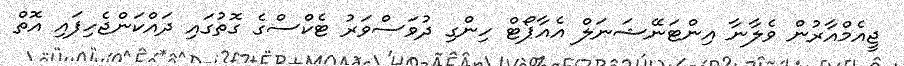
ޖީއެމްއާރުން ވެލާނާ އިންޓަނޭޝަނަލް އެއާޕޯޓް ހިންގި ދުވަސްވަރު ޓެކްސްގެ ގޮތުގައި ދައްކަންޖެހިފައި އޮތް